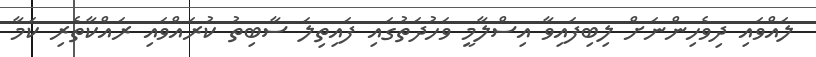
ލައްވައި ދިވެހިންނަށް ލިބިފައިވާ އިސްލާމީ ވަހުދަތުގައި ފައިތިލަ ސާބިތު ކުރައްވައި ރައްކާތެރި ކަމާ